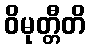
ဝိမုတ္တီတိ